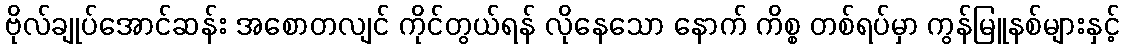
ဗိုလ်ချုပ်အောင်ဆန်း အစောတလျင် ကိုင်တွယ်ရန် လိုနေသော နောက် ကိစ္စ တစ်ရပ်မှာ ကွန်မြူနစ်များနှင့်